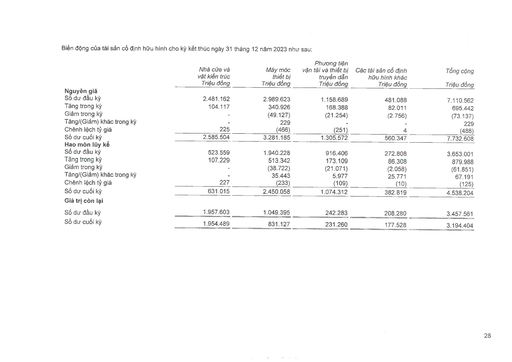
||Nhà cửa và vật kiến trúc Triệu đồng|Máy móc thiết bị Triệu đồng|Phương tiện vận tải và thiết bị truyền dẫn Triệu đồng|Các tài sản cố định hữu hình khác Triệu đồng|Tổng cộng Triệu đồng| |---|---|---|---|---|---| |Nguyên giá|||||| |Số dư đầu kỳ|2.481.162|2.989.623|1.158.689|481.088|7.110.562| |Tăng trong kỳ|104.117|340.926|168.388|82.011|695.442| |Giảm trong kỳ|-|(49.127)|(21.254)|(2.756)|(73.137)| |Tăng/(Giảm) khác trong kỳ|-|229|-|-|229| |Chênh lệch tỷ giá|225|(466)|(251)|4|(488)| |Số dư cuối kỳ|2.585.504|3.281.185|1.305.572|560.347|7.732.608| |Hao mòn lũy kế|||||| |Số dư đầu kỳ|523.559|1.940.228|916.406|272.808|3.653.001| |Tăng trong kỳ|107.229|513.342|173.109|86.308|879.988| |Giảm trong kỳ|-|(38.722)|(21.071)|(2.058)|(61.851)| |Tăng/(Giảm) khác trong kỳ|-|35.443|5.977|25.771|67.191| |Chênh lệch tỷ giá|227|(233)|(109)|(10)|(125)| |Số dư cuối kỳ|631.015|2.450.058|1.074.312|382.819|4.538.204| |Giá trị còn lại|||||| |Số dư đầu kỳ|1.957.603|1.049.395|242.283|208.280|3.457.561| |Số dư cuối kỳ|1.954.489|831.127|231.260|177.528|3.194.404|